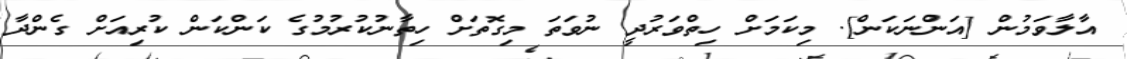
އާލާވަމުން [އަންނަކަން]. މިކަމަށް ހިތްވަރުދީ ނުވަތަ މިގޮތަށް ހިތާނުކުރުމުގެ ކަންކަން ކުރިއަށް ގެންދާ